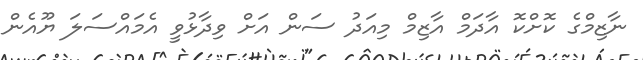
ނާޒިމްގެ ކޮށްކޮ އާދަމް އާޒިމް މިއަދު ސަން އަށް ވިދާޅުވީ އެމައްސަލަ ޔޫއެން